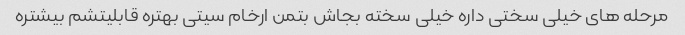
مرحله های خیلی سختی داره خیلی سخته بجاش بتمن ارخام سیتی بهتره قابلیتشم بیشتره